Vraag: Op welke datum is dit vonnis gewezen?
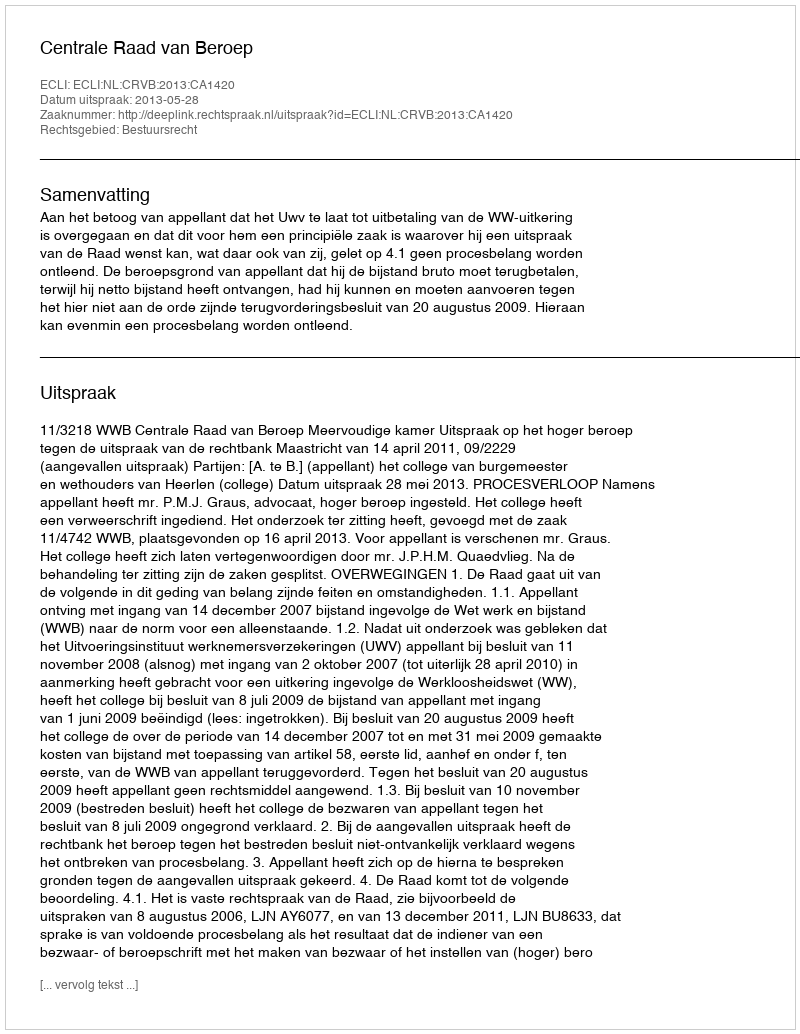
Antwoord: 2013-05-28